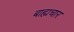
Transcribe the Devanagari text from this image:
बाह्यचार